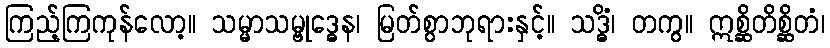
ကြည့်ကြကုန်လော့။ သမ္မာသမ္ဗုဒ္ဓေန၊ မြတ်စွာဘုရားနှင့်။ သဒ္ဓိံ၊ တကွ။ ဣစ္ဆိတိစ္ဆိတံ၊